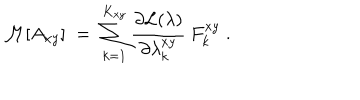
LaTeX: { \cal { M } } [ A _ { x y } ] \; = \; \sum _ { k = 1 } ^ { K _ { x y } } \frac { \partial { \cal { L } } ( \lambda ) } { \partial \lambda _ { k } ^ { x y } } \: F _ { k } ^ { x y } \; .